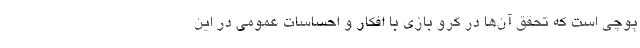
پوچی است که تحقق آن‌ها در گروِ بازی با افکار و احساسات عمومی در این